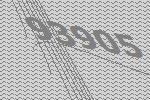
93905